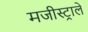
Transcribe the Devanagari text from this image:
मजीस्ट्राले